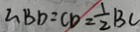
2 B D = C D = \frac { 1 } { 2 } B C